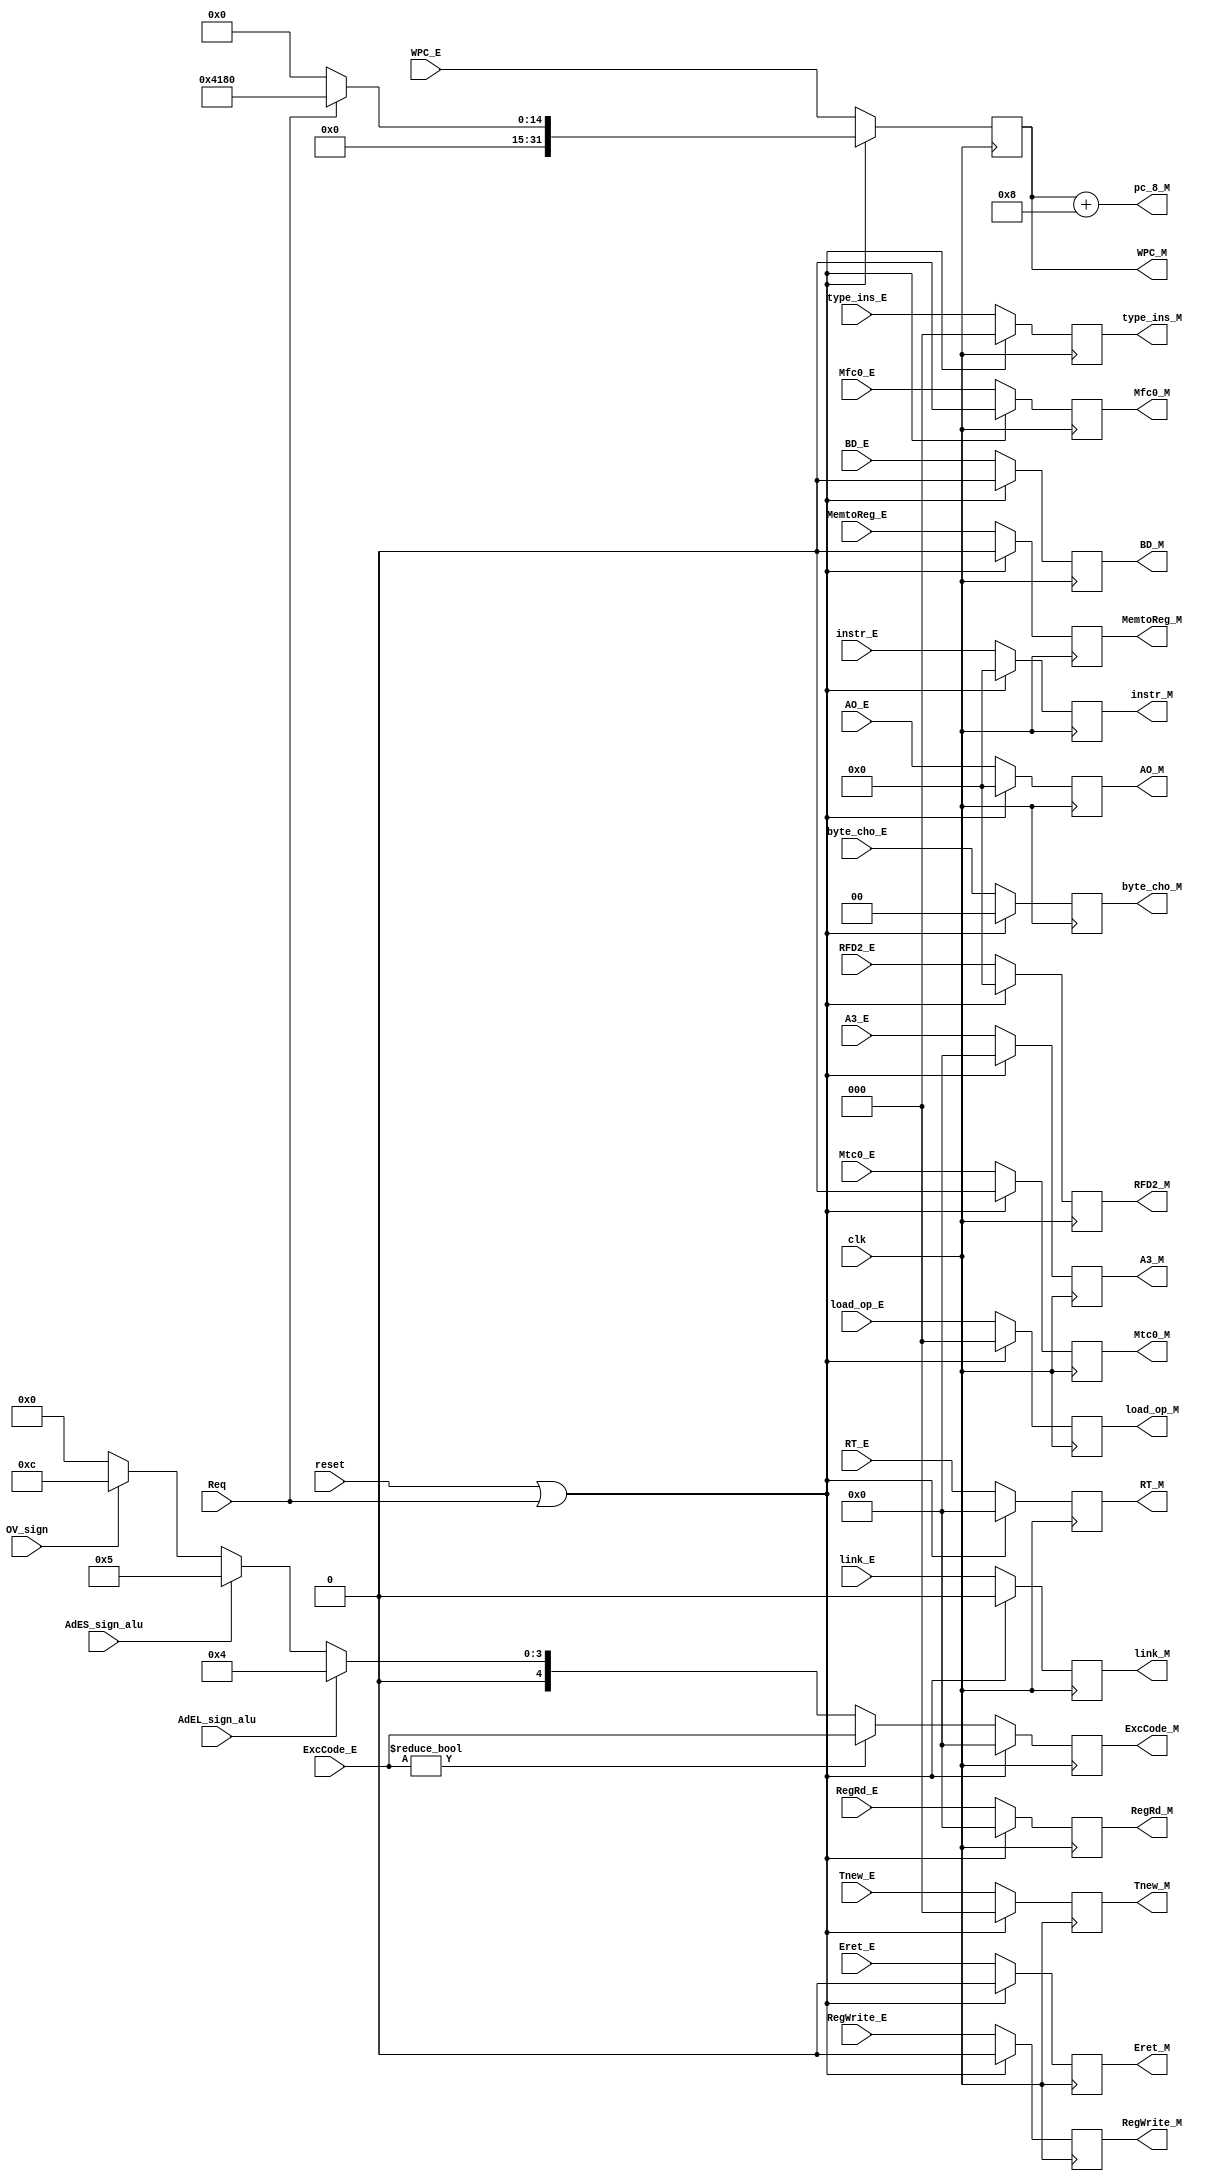
module M_state (
    input clk,
    input reset,
    // time signs
    input RegWrite_E,
    input MemtoReg_E,
    input link_E,
    // 4 ctrl signs
    output RegWrite_M,
    output MemtoReg_M,
    output link_M,
    // 4 ctrl signs out
    output [31:0] pc_8_M,
    input [4:0]A3_E,
    output [4:0]A3_M,
    input [31:0]WPC_E,
    output [31:0]WPC_M,
    input [31:0]AO_E,
    output [31:0]AO_M,
    input [31:0]RFD2_E,
    output [31:0]RFD2_M,
    input [2:0]Tnew_E,
    output [2:0]Tnew_M,
    input [4:0]RT_E,
    output [4:0]RT_M,
	 input[31:0]instr_E,
	 output [31:0]instr_M,
    input [1:0]byte_cho_E,
    output [1:0]byte_cho_M,
    input [2:0]load_op_E,
    output [2:0]load_op_M,
    input Req,
    input BD_E,
    output BD_M,
    input [2:0]type_ins_E,
    output[2:0]type_ins_M,
    input AdEL_sign_alu,
    input AdES_sign_alu,
    input OV_sign,
    input [4:0]ExcCode_E,
    output [4:0]ExcCode_M,
    input Eret_E,
    output Eret_M,
    input Mtc0_E,
    output Mtc0_M,
    input Mfc0_E,
    output Mfc0_M,
    input [4:0]RegRd_E,
    output [4:0]RegRd_M
);
reg RegWrite;
reg MemtoReg;
reg [31:0]WPC;
reg link;
reg [31:0]AO;
reg [4:0]A3;
reg [31:0]RFD2;
reg [2:0]Tnew;
reg [4:0]RT;
reg [31:0]instr;
reg [1:0]byte_cho;
reg [2:0]load_op;
reg BD;
reg [2:0]type_ins;
reg [4:0]ExcCode;
reg Mtc0;
reg Mfc0;
reg [4:0] RegRd;
reg Eret;
assign RegWrite_M=RegWrite;
assign MemtoReg_M=MemtoReg;
assign link_M=link;
assign WPC_M=WPC;
assign A3_M=A3;
assign AO_M=AO;
assign RFD2_M=RFD2;
assign pc_8_M=WPC+8;
assign Tnew_M=Tnew;
assign RT_M=RT;
assign instr_M=instr;
assign byte_cho_M=byte_cho;
assign load_op_M=load_op;
assign BD_M=BD;
assign type_ins_M=type_ins;
assign ExcCode_M=ExcCode;
assign RegRd_M=RegRd;
assign Mtc0_M=Mtc0;
assign Mfc0_M=Mfc0;
assign Eret_M=Eret;
always @(posedge clk) begin
    if(reset==1||Req==1)
    begin
    RegWrite<=0;
    MemtoReg<=0;
    link<=0;
    WPC<=(Req==1)?32'h0000_4180:0;
    A3<=0;
    AO<=0;
    RFD2<=0;
    Tnew<=0;
    RT<=0;
	instr<=0;
    byte_cho<=0;
    load_op<=0;
    BD<=0;
    type_ins<=0;
    ExcCode<=0;
    RegRd<=0;
    Mtc0<=0;
    Mfc0<=0;
    Eret<=0;
    end
	 
    else
    begin
    RegWrite<=RegWrite_E;
    MemtoReg<=MemtoReg_E;
    link<=link_E;
    WPC<=WPC_E;
    A3<=A3_E;
    AO<=AO_E;
    RFD2<=RFD2_E;
    Tnew<=Tnew_E;
    RT<=RT_E;
	instr<=instr_E;
    byte_cho<=byte_cho_E;
    load_op<=load_op_E;
    BD<=BD_E;
    type_ins<=type_ins_E;
    ExcCode<=(ExcCode_E!=0)?ExcCode_E:
             (AdEL_sign_alu==1'b1)?5'd4:
             (AdES_sign_alu==1'b1)?5'd5:
             (OV_sign==1'b1)?5'd12:5'd0;
    RegRd<=RegRd_E;
    Mtc0<=Mtc0_E;
    Mfc0<=Mfc0_E;
    Eret<=Eret_E;
    end
end
initial
begin
    RegWrite=0;
    MemtoReg=0;
    link=0;
    WPC=0;
    A3=0;
    AO=0;
    RFD2=0;
    Tnew=0;
    RT=0;
    byte_cho=0;
	instr=0;
    load_op=0;
    BD=0;
    type_ins=0;
    ExcCode=0;
    RegRd=0;
    Mtc0=0;
    Mfc0=0;
    Eret=0;
end
endmodule //M_state